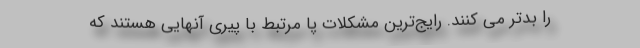
را بدتر می کنند. رایج‌ترین مشکلات پا مرتبط با پیری آنهایی هستند که